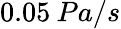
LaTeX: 0.05\: Pa/s